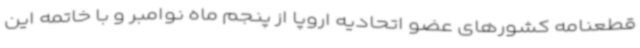
قطعنامه کشورهای عضو اتحادیه اروپا از پنجم ماه نوامبر و با خاتمه این